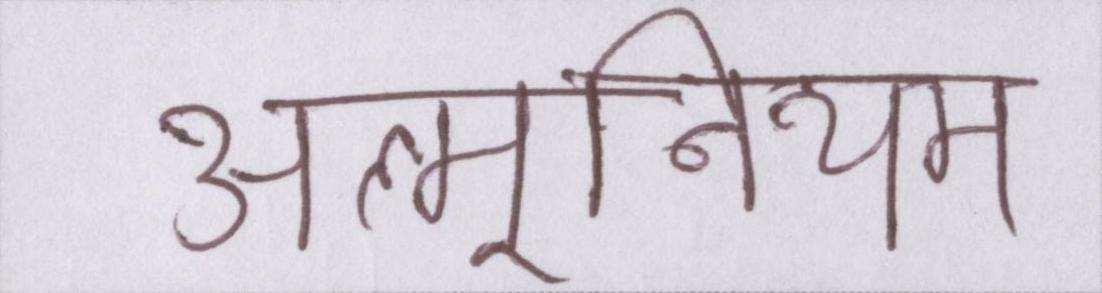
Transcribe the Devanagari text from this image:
अल्मूनियम